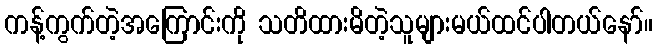
ကန့်ကွက်တဲ့အကြောင်းကို သတိထားမိတဲ့သူများမယ်ထင်ပါတယ်နော်။